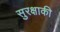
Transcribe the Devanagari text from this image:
सुरक्षाकी